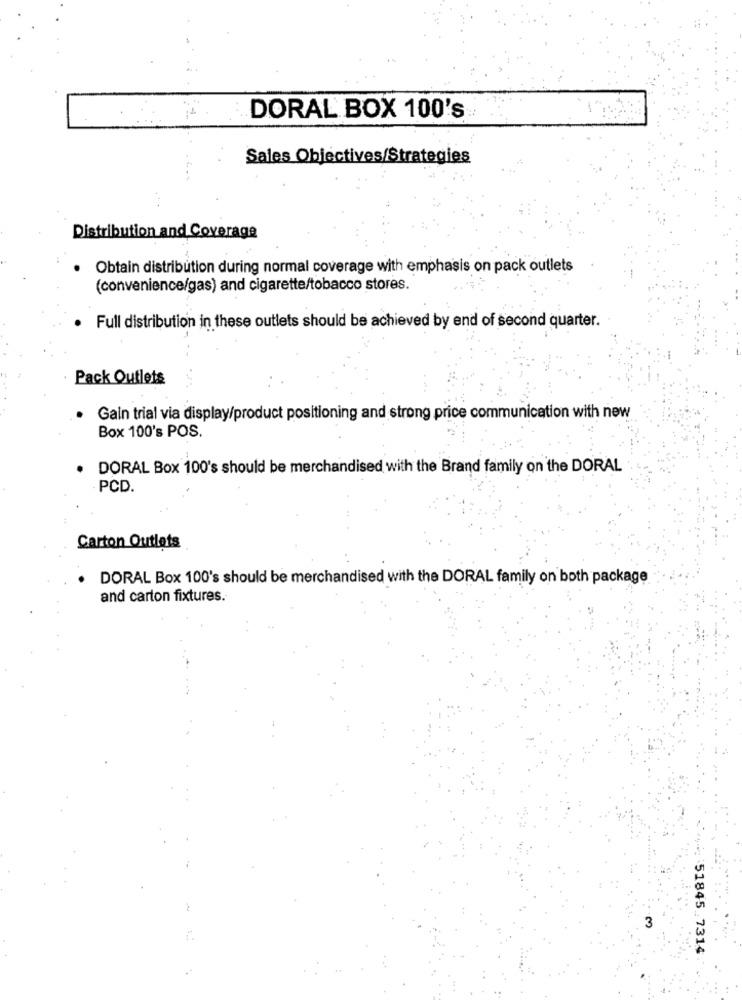
DORAL BOX 100's
Sales Objectives/Strategies
Distribution and Coverage
Obtain distribution during normal coverage with emphasis on pack outlets
(convenience/gas) and cigarette/tobacco stores.
Full distribution in these outlets should be achieved by end of second quarter.
Pack Outlets
Gain trial via display/product positioning and strong price communication with new
Box 100's POS.
DORAL Box 100's should be merchandised with the Brand family on the DORAL
PCD.
Carton Outlets
DORAL Box 100's should be merchandised with the DORAL family on both package
and carton fixtures.
3
51845.7314